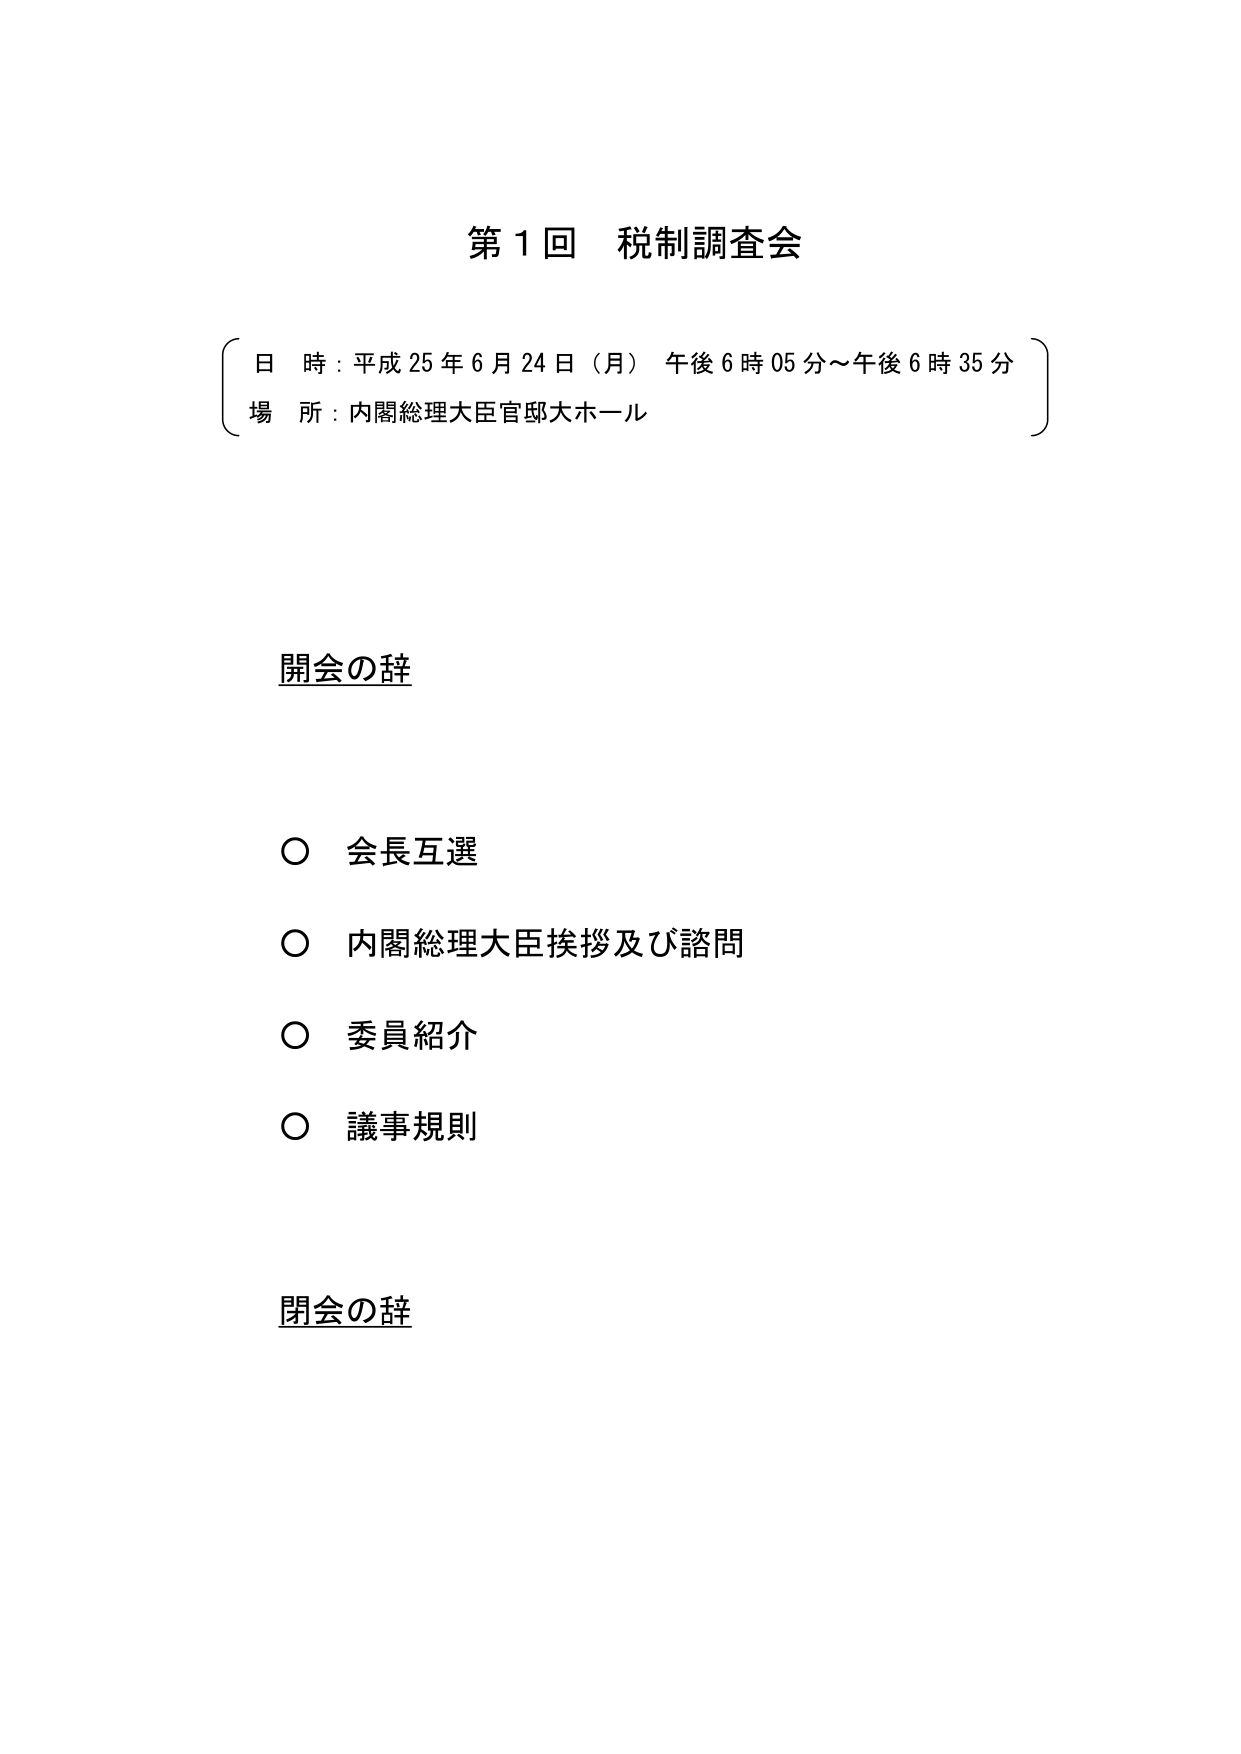
第１回 税制調査会

日 時：平成25年6月24日（月） 午後6時05分～午後6時35分
場 所：内閣総理大臣官邸大ホール

開会の辞

○ 会長互選
○ 内閣総理大臣挨拶及び諮問
○ 委員紹介
○ 議事規則

閉会の辞